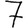
Digit: 7